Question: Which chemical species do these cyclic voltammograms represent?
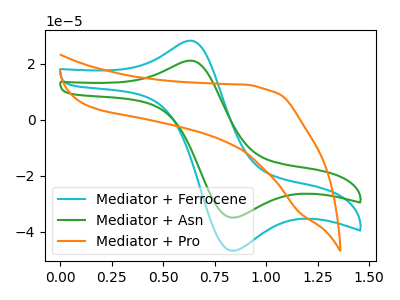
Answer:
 <answer>The cyan curve is labeled "Mediator + Ferrocene". The green curve is labeled "Mediator + Asn". The orange curve is labeled "Mediator + Pro".</answer>
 <eval></eval>